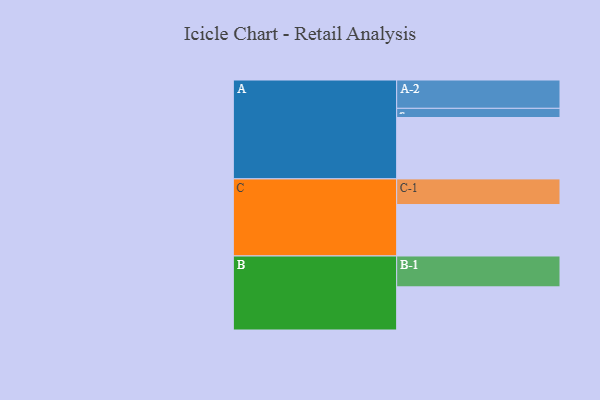
{"axis": {"x": "Segment", "y": "Value"}, "legend": ["", "A", "B", "C"], "data": [{"x": "A", "y": 555, "type": ""}, {"x": "B", "y": 390, "type": ""}, {"x": "C", "y": 465, "type": ""}, {"x": "A-1", "y": 83, "type": "A"}, {"x": "A-2", "y": 256, "type": "A"}, {"x": "B-1", "y": 279, "type": "B"}, {"x": "C-1", "y": 232, "type": "C"}]}